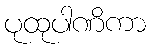
ပုထုပါဏိကာ